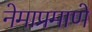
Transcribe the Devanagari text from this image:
नेमाप्रमाणे